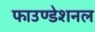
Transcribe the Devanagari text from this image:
फाउण्डेशनल